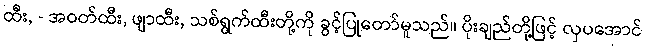
ထီး, - အဝတ်ထီး, ဖျာထီး, သစ်ရွက်ထီးတို့ကို ခွင့်ပြုတော်မူသည်။ ပိုးချည်တို့ဖြင့် လှပအောင်